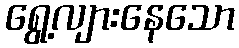
ရွေ့လျားနေသော